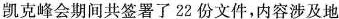
凯克峰会期间共签署了22份文件，内容涉及地